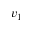
v _ { 1 }